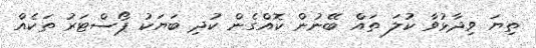
ތިޔަ ވިދާޅުވާ ކުލަ ތައް ބޭނުން ކޮއްގެން ކުދި ބަޔަކު ޕޯސްޓަރު ތަކެއް